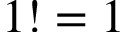
1 ! = 1